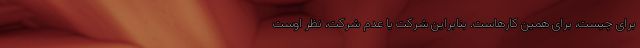
برای چیست، برای همین کارهاست. بنابراین شرکت یا عدم شرکت، نظر اوست